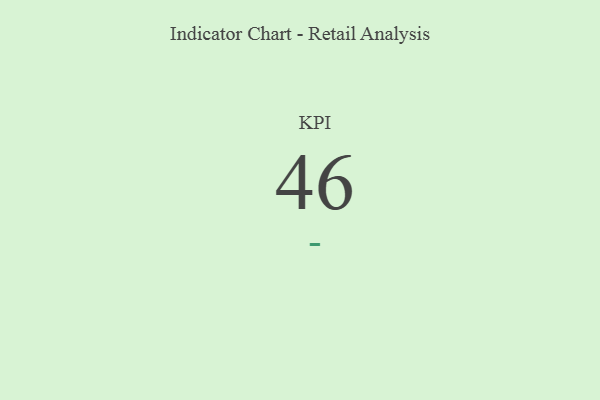
{"axis": {"x": "KPI", "y": "Value"}, "legend": [""], "data": [{"x": "KPI", "y": 46, "type": ""}]}